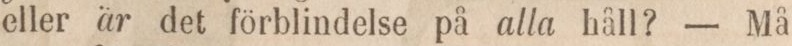
eller är det förblindelse på alla håll? — Må